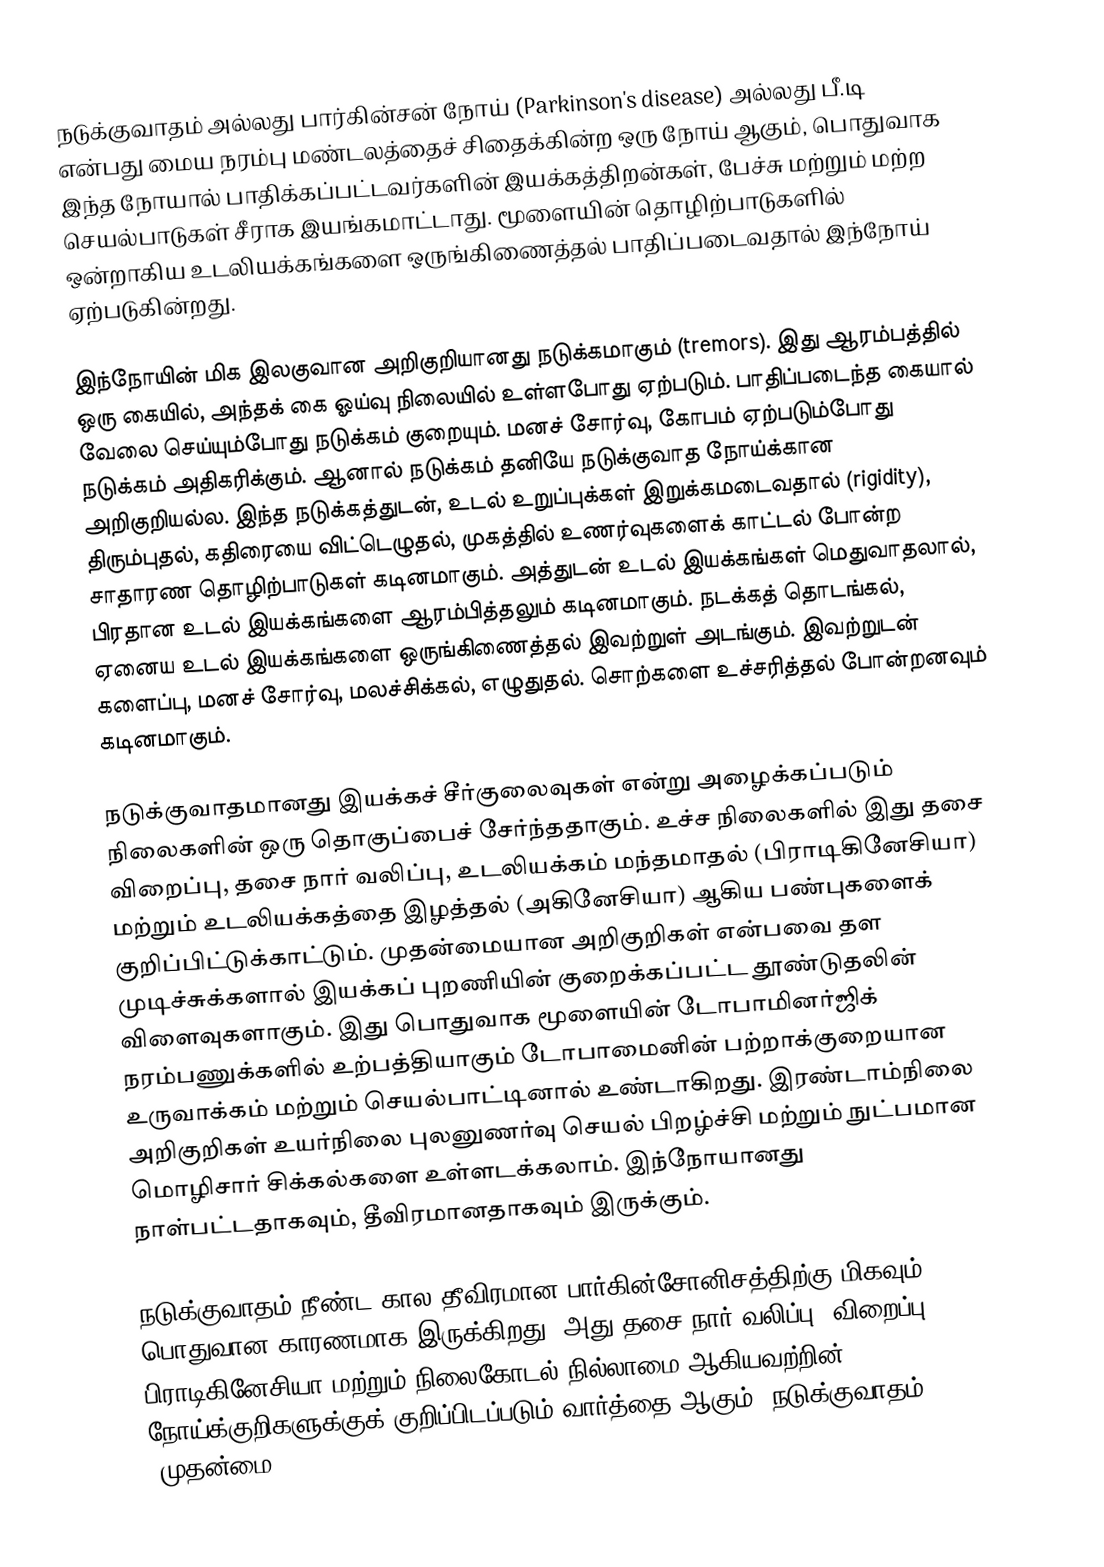
நடுக்குவாதம் அல்லது பார்கின்சன் நோய் (Parkinson's disease) அல்லது பீ.டி என்பது மைய நரம்பு மண்டலத்தைச் சிதைக்கின்ற ஒரு நோய் ஆகும், பொதுவாக இந்த நோயால் பாதிக்கப்பட்டவர்களின் இயக்கத்திறன்கள், பேச்சு மற்றும் மற்ற செயல்பாடுகள் சீராக இயங்கமாட்டாது. மூளையின் தொழிற்பாடுகளில் ஒன்றாகிய உடலியக்கங்களை ஒருங்கிணைத்தல் பாதிப்படைவதால் இந்நோய் ஏற்படுகின்றது.

இந்நோயின் மிக இலகுவான அறிகுறியானது நடுக்கமாகும் (tremors). இது ஆரம்பத்தில் ஒரு கையில், அந்தக் கை ஓய்வு நிலையில் உள்ளபோது ஏற்படும். பாதிப்படைந்த கையால் வேலை செய்யும்போது நடுக்கம் குறையும். மனச் சோர்வு, கோபம் ஏற்படும்போது நடுக்கம் அதிகரிக்கும். ஆனால் நடுக்கம் தனியே நடுக்குவாத நோய்க்கான அறிகுறியல்ல. இந்த நடுக்கத்துடன், உடல் உறுப்புக்கள் இறுக்கமடைவதால் (rigidity), திரும்புதல், கதிரையை விட்டெழுதல், முகத்தில் உணர்வுகளைக் காட்டல் போன்ற சாதாரண தொழிற்பாடுகள் கடினமாகும். அத்துடன் உடல் இயக்கங்கள் மெதுவாதலால், பிரதான உடல் இயக்கங்களை ஆரம்பித்தலும் கடினமாகும். நடக்கத் தொடங்கல், ஏனைய உடல் இயக்கங்களை ஒருங்கிணைத்தல் இவற்றுள் அடங்கும். இவற்றுடன் களைப்பு, மனச் சோர்வு, மலச்சிக்கல், எழுதுதல். சொற்களை உச்சரித்தல் போன்றனவும் கடினமாகும்.

நடுக்குவாதமானது இயக்கச் சீர்குலைவுகள் என்று அழைக்கப்படும் நிலைகளின் ஒரு தொகுப்பைச் சேர்ந்ததாகும். உச்ச நிலைகளில் இது தசை விறைப்பு, தசை நார் வலிப்பு, உடலியக்கம் மந்தமாதல் (பிராடிகினேசியா) மற்றும் உடலியக்கத்தை இழத்தல் (அகினேசியா) ஆகிய பண்புகளைக் குறிப்பிட்டுக்காட்டும். முதன்மையான அறிகுறிகள் என்பவை தள முடிச்சுக்களால் இயக்கப் புறணியின் குறைக்கப்பட்ட தூண்டுதலின் விளைவுகளாகும். இது பொதுவாக மூளையின் டோபாமினர்ஜிக் நரம்பணுக்களில் உற்பத்தியாகும் டோபாமைனின் பற்றாக்குறையான உருவாக்கம் மற்றும் செயல்பாட்டினால் உண்டாகிறது. இரண்டாம்நிலை அறிகுறிகள் உயர்நிலை புலனுணர்வு செயல் பிறழ்ச்சி மற்றும் நுட்பமான மொழிசார் சிக்கல்களை உள்ளடக்கலாம். இந்நோயானது நாள்பட்டதாகவும், தீவிரமானதாகவும் இருக்கும்.

நடுக்குவாதம் நீண்ட கால தீவிரமான பார்கின்சோனிசத்திற்கு மிகவும் பொதுவான காரணமாக இருக்கிறது, அது தசை நார் வலிப்பு, விறைப்பு, பிராடிகினேசியா மற்றும் நிலைகோடல் நில்லாமை ஆகியவற்றின் நோய்க்குறிகளுக்குக் குறிப்பிடப்படும் வார்த்தை ஆகும். நடுக்குவாதம் "முதன்மை